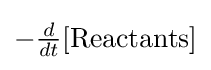
{\textstyle -{d \over dt}[{\text{Reactants}}]}